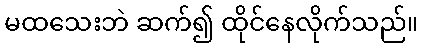
မထသေးဘဲ ဆက်၍ ထိုင်နေလိုက်သည်။